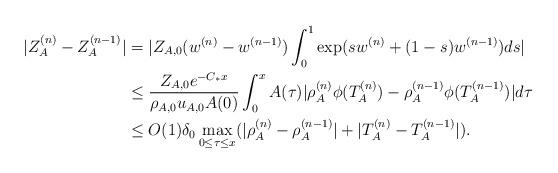
LaTeX: \begin{align*}|Z_A^{(n)}-Z_A^{(n-1)}|&=|Z_{A,0}(w^{(n)}-w^{(n-1)})\int_{0}^{1}\mathrm{exp}(sw^{(n)}+(1-s)w^{(n-1)})ds|\\&\leq\frac{Z_{A,0}e^{-C_*x}}{\rho_{A,0} u_{A,0} A(0)}\int_0^x A(\tau)|\rho_A^{(n)}\phi(T_A^{(n)})-\rho_A^{(n-1)}\phi(T_A^{(n-1)})|d\tau\\&\leq O(1)\delta_0\max\limits_{0\leq\tau\leq x}(|\rho_A^{(n)}-\rho_A^{(n-1)}|+|T_A^{(n)}-T_A^{(n-1)}|).\end{align*}